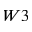
W 3